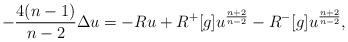
\begin{align*}-\frac {4(n-1)}{n-2}\Delta u = -R u + R^+[g] u^\frac {n+2}{n-2} - R^-[g] u^\frac {n+2}{n-2} ,\end{align*}